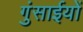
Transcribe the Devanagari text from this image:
गुंसाईयों